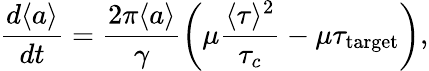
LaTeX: \frac{d\langle a\rangle}{dt}=\frac{2\pi\langle a\rangle}{\gamma}\left(\mu\frac{\langle\tau\rangle^{2}}{\tau_{c}}-\mu\tau_{\mathrm{target}}\right),